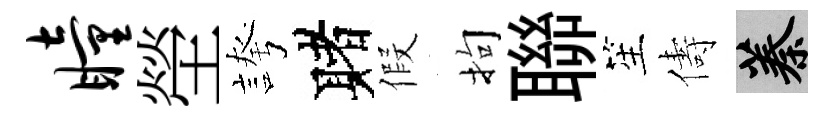
瞳塋誇赌假拘聯笙儔蓁